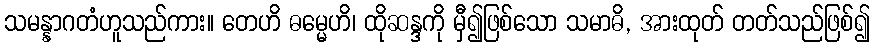
သမန္နာဂတံဟူသည်ကား။ တေဟိ ဓမ္မေဟိ၊ ထိုဆန္ဒကို မှီ၍ဖြစ်သော သမာဓိ, အားထုတ် တတ်သည်ဖြစ်၍